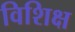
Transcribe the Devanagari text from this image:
विशिक्ष